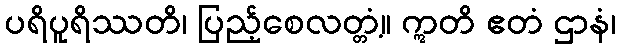
ပရိပူရိဿတိ၊ ပြည့်စေလတ္တံ့။ ဣတိ ဧတံ ဌာနံ၊